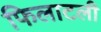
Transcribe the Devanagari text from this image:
फिलाटली